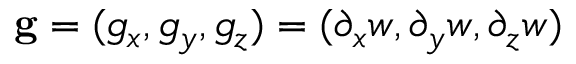
{ \bf g } = ( g _ { x } , g _ { y } , g _ { z } ) = ( \partial _ { x } w , \partial _ { y } w , \partial _ { z } w )